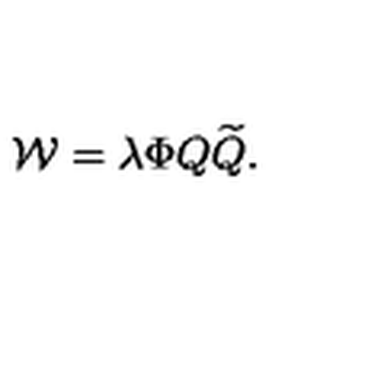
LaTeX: { \cal W } = \lambda \Phi Q { \widetilde Q } .